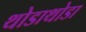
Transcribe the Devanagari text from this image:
थोडाथोडा